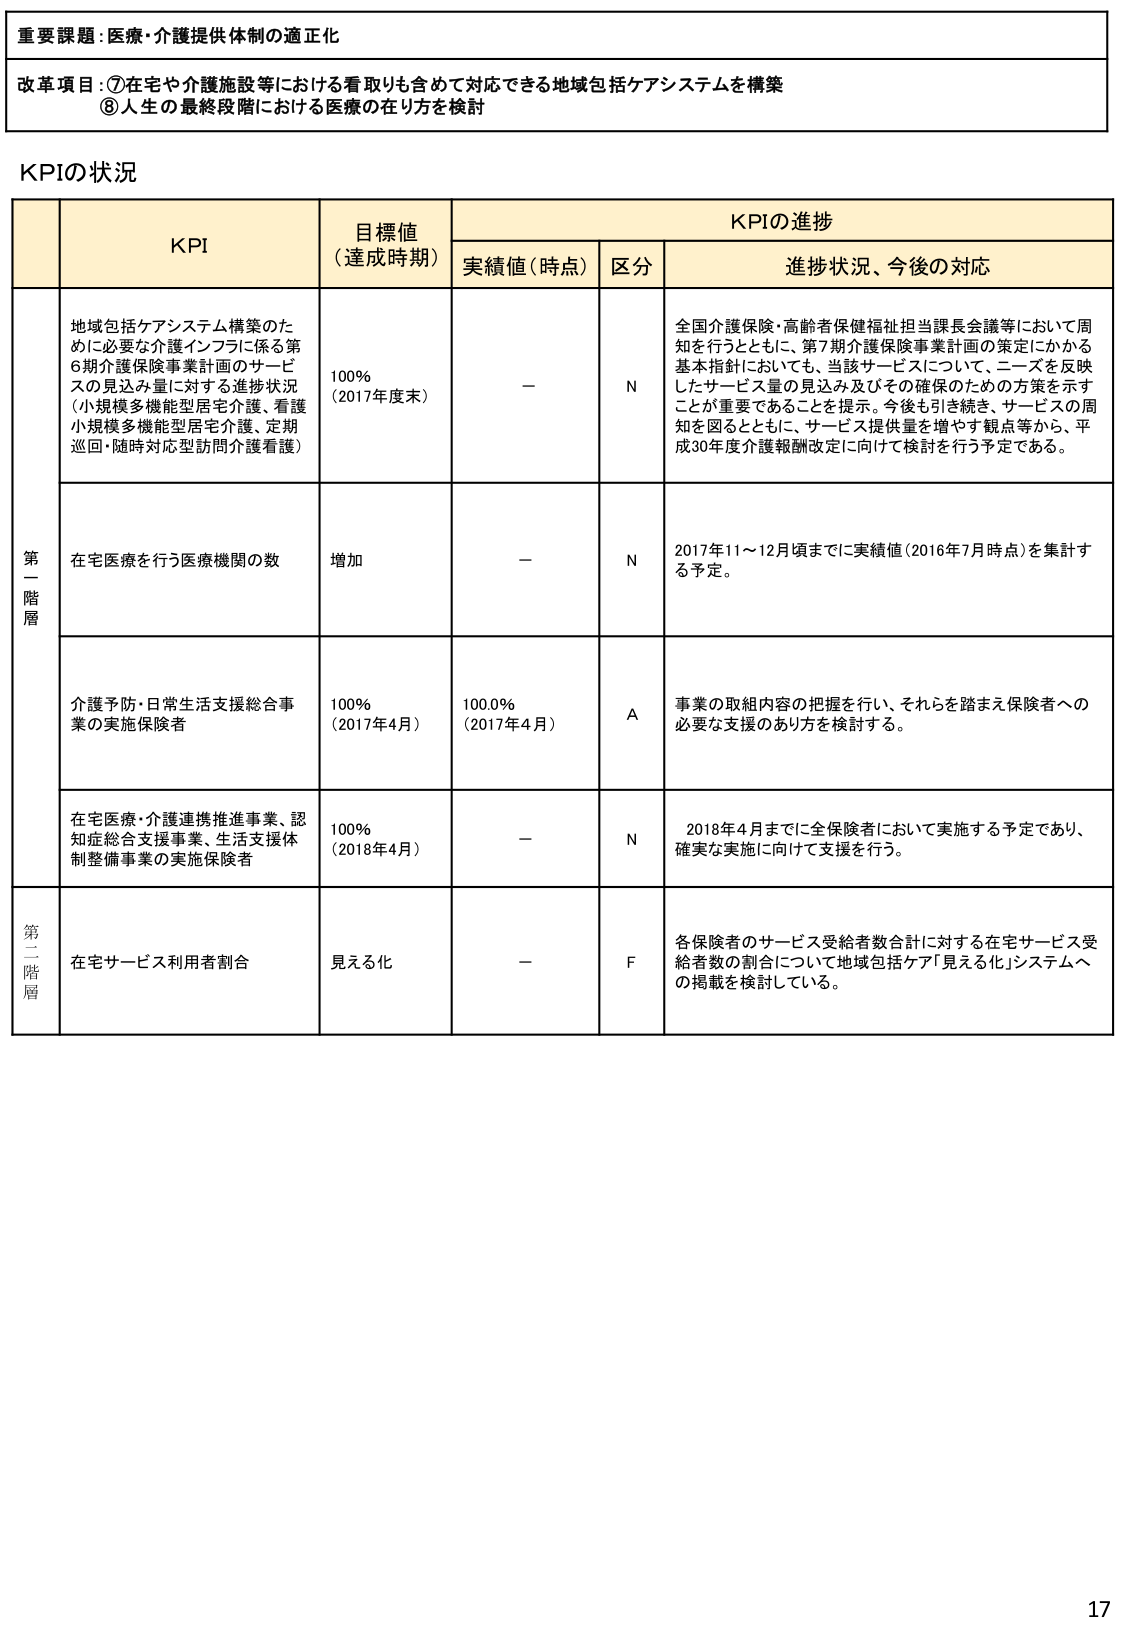
重要課題：医療・介護提供体制の適正化

改革項目：⑦在宅や介護施設等における看取りも含めて対応できる地域包括ケアシステムを構築
⑧人生の最終段階における医療の在り方を検討

KPIの状況

| | KPI | 目標値（達成時期） | KPIの進捗 | | |
|---|---|---|---|---|---|
| | | | 実績値（時点） | 区分 | 進捗状況、今後の対応 |
| 第一階層 | 地域包括ケアシステム構築のために必要な介護インフラに係る第6期介護保険事業計画のサービスの見込み量に対する進捗状況（小規模多機能型居宅介護、看護小規模多機能型居宅介護、定期巡回・随時対応型訪問介護看護） | 100%（2017年度末） | － | N | 全国介護保険・高齢者保健福祉担当課長会議等において周知を行うとともに、第7期介護保険事業計画の策定にかかる基本指針においても、当該サービスについて、ニーズを反映したサービス量の見込み及びその確保のための方策を示すことが重要であることを提示。今後も引き続き、サービスの周知を図るとともに、サービス提供量を増やす観点等から、平成30年度介護報酬改定に向けて検討を行う予定である。 |
| | 在宅医療を行う医療機関の数 | 増加 | － | N | 2017年11～12月頃までに実績値（2016年7月時点）を集計する予定。 |
| | 介護予防・日常生活支援総合事業の実施保険者 | 100%（2017年4月） | 100.0%（2017年4月） | A | 事業の取組内容の把握を行い、それらを踏まえ保険者への必要な支援のあり方を検討する。 |
| | 在宅医療・介護連携推進事業、認知症総合支援事業、生活支援体制整備事業の実施保険者 | 100%（2018年4月） | － | N | 2018年4月までに全保険者において実施する予定であり、確実な実施に向けて支援を行う。 |
| 第二階層 | 在宅サービス利用者割合 | 見える化 | － | F | 各保険者のサービス受給者数合計に対する在宅サービス受給者数の割合について地域包括ケア「見える化」システムへの掲載を検討している。 |

17